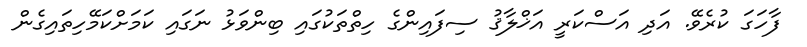
ފާހަގަ ކުރެވޭ. އަދި އަސްކަރީ އަޚްލާޤު ސިފައިންގެ ހިތްތަކުގައި ބިންވަޅު ނަގައި ކަމަށްކަމޭހިތައިގެން